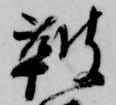
鞁